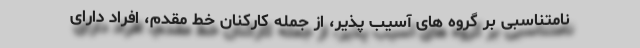
نامتناسبی بر گروه های آسیب پذیر، از جمله کارکنان خط مقدم، افراد دارای